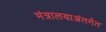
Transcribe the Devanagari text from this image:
मंत्रालयाअंतर्गत